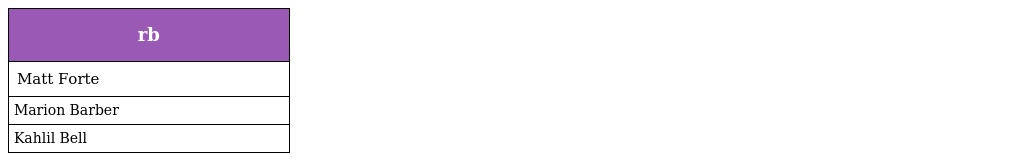
| rb |
 | --- |
 | Matt Forte |
 | Marion Barber |
 | Kahlil Bell |